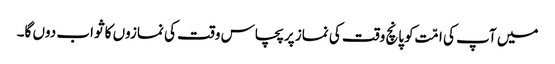
میں آپ کی امّت کو پانچ وقت کی نماز پر پچاس وقت کی نمازوں کا ثواب دوں گا۔